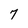
Character: 7